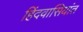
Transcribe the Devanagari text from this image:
हिंदवासियांत